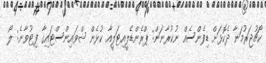
ކޯޗުޖަރުމަނާ ދެކޮޅަށް ޑިފެންސެއް ނުކުރާނަން: ޕްރެންޑެލީއިޓަލީއާ ކުޅެން ޝްވައިންސްޓައިގާ ފިޓުވާނެ: ލޯ